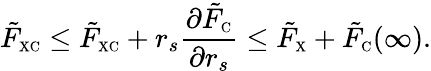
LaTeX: \tilde{F}_{\scriptscriptstyle\mathrm{XC}}\leq\tilde{F}_{\scriptscriptstyle\mathrm{XC}}+r_{s}\frac{\partial\tilde{F}_{\scriptscriptstyle\mathrm{C}}}{\partial r_{s}}\leq\tilde{F}_{\scriptscriptstyle\mathrm{X}}+\tilde{F}_{\scriptscriptstyle\mathrm{C}}(\infty).